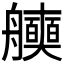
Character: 𮎖